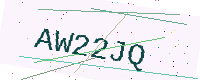
Text: AW22JQ